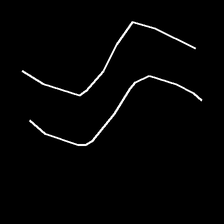
Glyph: float